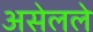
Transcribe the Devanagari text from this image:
असेलले